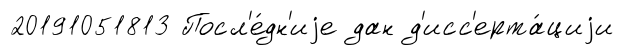
20191051813 Посл'е́дн'иjе дан д'исс'ерта́циjи